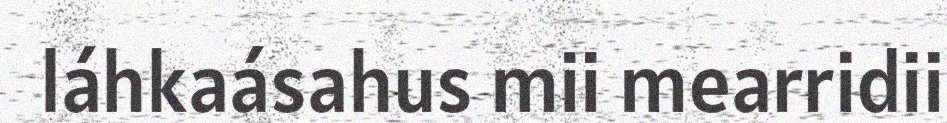
láhkaásahus mii mearridii